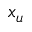
x _ { u }